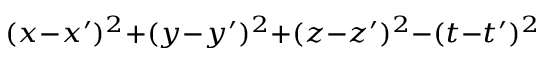
\scriptstyle ( x - x ^ { \prime } ) ^ { 2 } + ( y - y ^ { \prime } ) ^ { 2 } + ( z - z ^ { \prime } ) ^ { 2 } - ( t - t ^ { \prime } ) ^ { 2 }